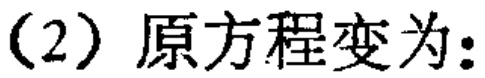
（2）原方程变为: